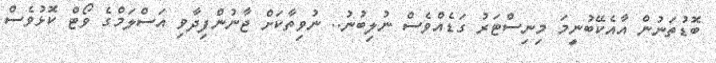
ބޮޑުތަނުން އާއެކޭބުނީމަ މިނިސްޓަރު ގަޑެއްވެސް ނުލިބުނު.. ނުވިތާކަށް ޖާނުންފިދާވި އަސްލަމްގެ ވޯޓް ކޮޅުވެސް